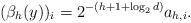
LaTeX: \begin{align*} (\beta_h(y))_i=2^{-(h+1+\log_2d)}a_{h,i}.\end{align*}